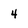
Character: 4